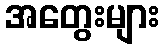
အတွေးများ